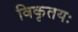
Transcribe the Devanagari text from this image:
विकृतयः